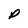
Character: p